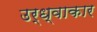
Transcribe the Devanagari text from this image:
उर्ध्वाकार